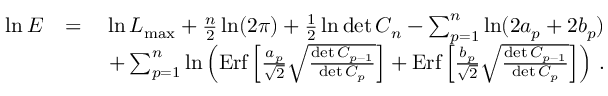
\begin{array} { r l r } { \ln E } & { = } & { \ln { \cal L } _ { \mathrm { m a x } } + { \frac { n } { 2 } } \ln ( 2 \pi ) + { \frac { 1 } { 2 } } \ln \operatorname* { d e t } C _ { n } - \sum _ { p = 1 } ^ { n } \ln ( 2 a _ { p } + 2 b _ { p } ) } \\ & { } & { \ + \sum _ { p = 1 } ^ { n } \ln \left( \mathrm { E r f } \left[ { \frac { a _ { p } } { \sqrt 2 } } \sqrt { \frac { \operatorname* { d e t } C _ { p - 1 } } { \operatorname* { d e t } C _ { p } } } \right] + \mathrm { E r f } \left[ { \frac { b _ { p } } { \sqrt 2 } } \sqrt { \frac { \operatorname* { d e t } C _ { p - 1 } } { \operatorname* { d e t } C _ { p } } } \right] \right) \, . } \end{array}